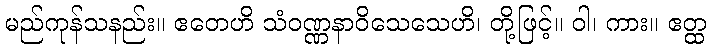
မည်ကုန်သနည်း။ ဧတေဟိ သံဝဏ္ဏနာဝိသေသေဟိ၊ တို့ဖြင့်။ ဝါ၊ ကား။ ဧတ္ထ